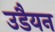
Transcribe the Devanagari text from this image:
उडैयन